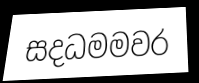
සදධමමවර